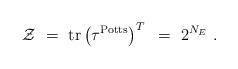
LaTeX: \begin{align*}{\cal Z}~=~\hbox{tr}\left(\tau^{\rm Potts}\right)^T~=~ 2^{N_E} \ .\end{align*}